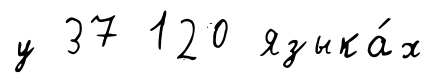
у 37 120 языка́х